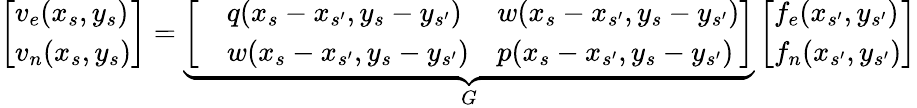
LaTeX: \left[\begin{array}{l}{v_{e}(x_{s},y_{s})}\\ {v_{n}(x_{s},y_{s})}\end{array}\right]=\underbrace{\left[\begin{array}{lll}&{q(x_{s}-x_{s^{\prime}},y_{s}-y_{s^{\prime}})}&{w(x_{s}-x_{s^{\prime}},y_{s}-y_{s^{\prime}})}\\ &{w(x_{s}-x_{s^{\prime}},y_{s}-y_{s^{\prime}})}&{p(x_{s}-x_{s^{\prime}},y_{s}-y_{s^{\prime}})}\end{array}\right]}_{G}\left[\begin{array}{l}{f_{e}(x_{s^{\prime}},y_{s^{\prime}})}\\ {f_{n}(x_{s^{\prime}},y_{s^{\prime}})}\end{array}\right]